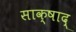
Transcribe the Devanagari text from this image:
साक्षाद्